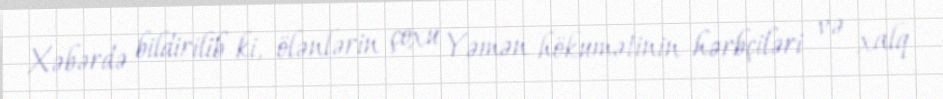
Xəbərdə bildirilib ki, ölənlərin çoxu Yəmən hökumətinin hərbçiləri və xalq